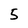
Character: 5